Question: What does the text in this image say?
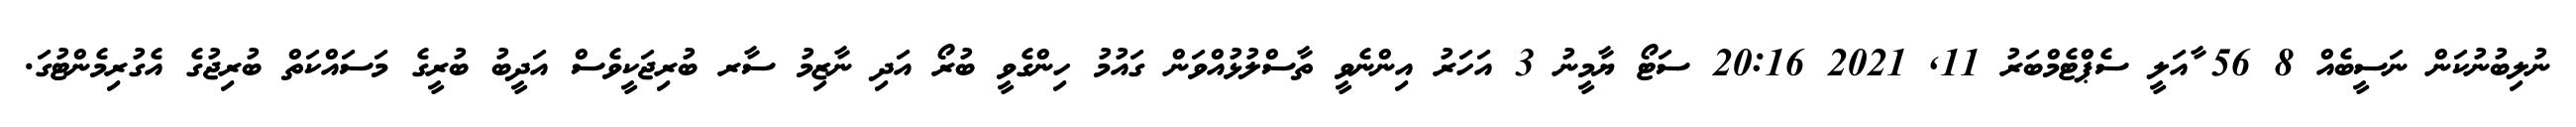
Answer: ނުލިބުނުކަން ނަސީބެއް 8 56 ާއަލީ ސެޕްޓެމްބަރު 11, 2021 20:16 ސަޓޯ ޔާމީނު 3 އަހަރު އިންނެވީ ތާސްލުޅުއްވަން ގައުމު ހިންގެވީ ބުރޯ އަދި ނާޒިމު ސާރ ބުރިޖަކީވެސް އަދީބު ބުރީގެ މަސައްކަތް ބުރިޖުގެ އެގުރިމެންޓުގަ.